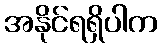
အနိုင်ရရှိပါက